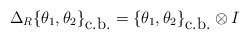
\begin{align*}\Delta_R\{ \theta_1 ,\theta_2\}_{\mbox{c.b.}}=\{\theta_1 ,\theta_2 \}_{\mbox{c.b.}}\otimes I\end{align*}